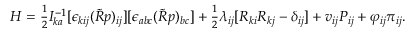
\begin{array} { r } { H = \frac 1 2 I _ { k a } ^ { - 1 } [ \epsilon _ { k i j } ( \tilde { R } p ) _ { i j } ] [ \epsilon _ { a b c } ( \tilde { R } p ) _ { b c } ] + \frac 1 2 \lambda _ { i j } [ R _ { k i } R _ { k j } - \delta _ { i j } ] + v _ { i j } P _ { i j } + \varphi _ { i j } \pi _ { i j } . } \end{array}